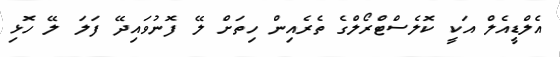
އެލްޑީއެލް އަކީ ކޮލެސްޓްރޯލްގެ ތެރެއިން ހިތަށް ލޭ ފޮނުވައިދޭ ފަލަ ލޭ ހޮޅި